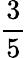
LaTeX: \frac{3}{5}